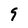
Character: 9